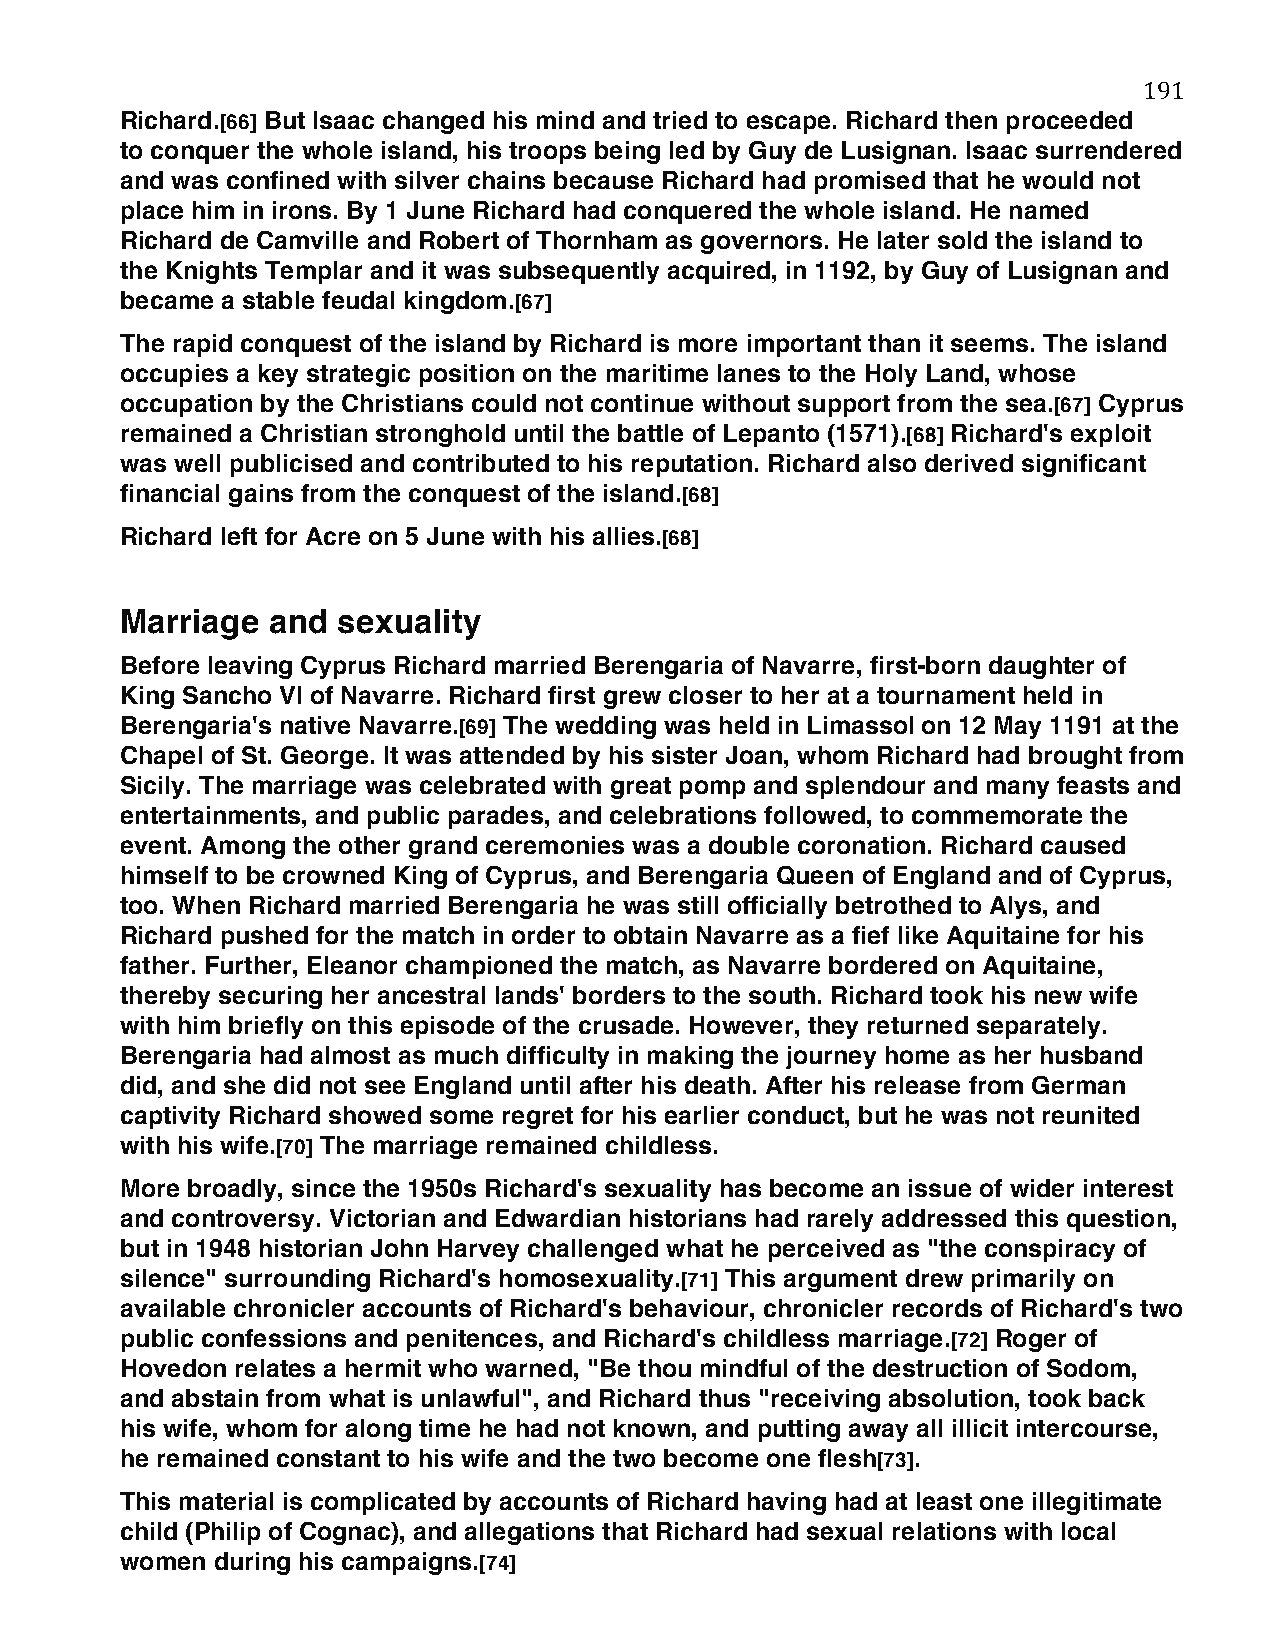
191
 Richard.[66] But Isaac changed his mind and tried to escape. Richard then proceeded
 to conquer the whole island, his troops being led by Guy de Lusignan. Isaac surrendered
 and was confined with silver chains because Richard had promised that he would not
 place him in irons. By 1 June Richard had conquered the whole island. He named
 Richard de Camville and Robert of Thornham as governors. He later sold the island to
 the Knights Templar and it was subsequently acquired, in 1192, by Guy of Lusignan and
 became a stable feudal kingdom.[67]
 The rapid conquest of the island by Richard is more important than it seems. The island
 occupies a key strategic position on the maritime lanes to the Holy Land, whose
 occupation by the Christians could not continue without support from the sea.[67] Cyprus
 remained a Christian stronghold until the battle of Lepanto (1571).[68] Richard's exploit
 was well publicised and contributed to his reputation. Richard also derived significant
 financial gains from the conquest of the island.[68]
 Richard left for Acre on 5 June with his allies.[68]
 Marriage  and sexuality
 Before leaving Cyprus Richard married Berengaria of Navarre, first-born daughter of
 King Sancho VI of Navarre. Richard first grew closer to her at a tournament held in
 Berengaria's native Navarre.[69] The wedding was held in Limassol on 12 May 1191 at the
 Chapel of St. George. It was attended by his sister Joan, whom Richard had brought from
 Sicily. The marriage was celebrated with great pomp and splendour and many feasts and
 entertainments, and public parades, and celebrations followed, to commemorate the
 event. Among the other grand ceremonies was a double coronation. Richard caused
 himself to be crowned King of Cyprus, and Berengaria Queen of England and of Cyprus,
 too. When Richard married Berengaria he was still officially betrothed to Alys, and
 Richard pushed for the match in order to obtain Navarre as a fief like Aquitaine for his
 father. Further, Eleanor championed the match, as Navarre bordered on Aquitaine,
 thereby securing her ancestral lands' borders to the south. Richard took his new wife
 with him briefly on this episode of the crusade. However, they returned separately.
 Berengaria had almost as much difficulty in making the journey home as her husband
 did, and she did not see England until after his death. After his release from German
 captivity Richard showed some regret for his earlier conduct, but he was not reunited
 with his wife.[70] The marriage remained childless.
 More broadly, since the 1950s Richard's sexuality has become an issue of wider interest
 and controversy. Victorian and Edwardian historians had rarely addressed this question,
 but in 1948 historian John Harvey challenged what he perceived as "the conspiracy of
 silence" surrounding Richard's homosexuality.[71] This argument drew primarily on
 available chronicler accounts of Richard's behaviour, chronicler records of Richard's two
 public confessions and penitences, and Richard's childless marriage.[72] Roger of
 Hovedon relates a hermit who warned, "Be thou mindful of the destruction of Sodom,
 and abstain from what is unlawful", and Richard thus "receiving absolution, took back
 his wife, whom for along time he had not known, and putting away all illicit intercourse,
 he remained constant to his wife and the two become one flesh[73].
 This material is complicated by accounts of Richard having had at least one illegitimate
 child (Philip of Cognac), and allegations that Richard had sexual relations with local
 women during his campaigns.[74]